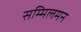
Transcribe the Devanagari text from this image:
सम्मिलमन